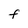
Character: F